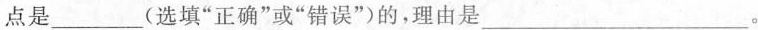
点是 ___ (选填”正确”或”错误”)的，理由是 ___。